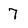
Character: 7